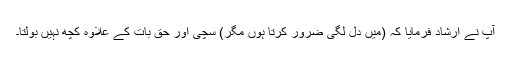
آپ نے ارشاد فرمایا کہ (میں دل لگی ضرور کرتا ہوں مگر) سچی اور حق بات کے علاوہ کچھ نہیں بولتا۔